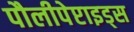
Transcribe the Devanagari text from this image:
पौलीपेप्टाइड्स